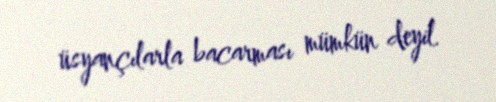
üsyançılarla bacarması mümkün deyil.